Report on vaccination proceedings throughout the Government of Bengal -
Year: 1868
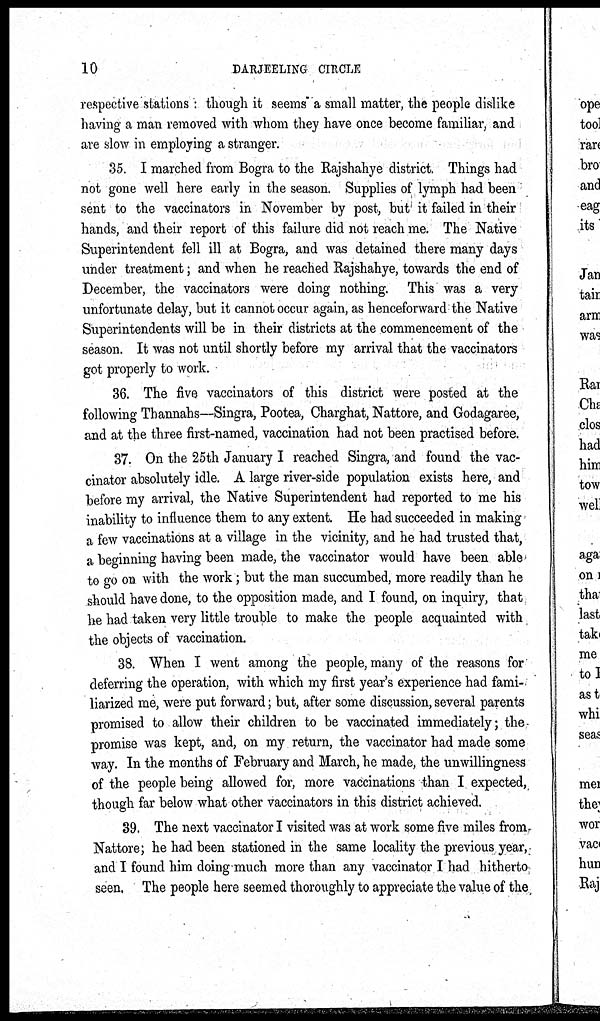
10
DARJEELING CIRCLE
respective stations : though it seems a small matter, the people dislike
having a man removed with whom they have once become familiar, and
are slow in employing a stranger.
35. I marched from Bogra to the Rajshahye district. Things had
not gone well here early in the season. Supplies of lymph had been
sent to the vaccinators in November by post, but it failed in their
hands, and their report of this failure did not reach me. The Native
Superintendent fell ill at Bogra, and was detained there many days
under treatment; and when he reached Rajshahye, towards the end of
December, the vaccinators were doing nothing. This was a very
unfortunate delay, but it cannot occur again, as henceforward the Native
Superintendents will be in their districts at the commencement of the
season. It was not until shortly before my arrival that the vaccinators
got properly to work.
36. The five vaccinators of this district were posted at the
following Thannahs—Singra, Pootea, Charghat, Nattore, and Godagaree,
and at the three first-named, vaccination had not been practised before.
37. On the 25th January I reached Singra, and found the vac-
cinator absolutely idle. A large river-side population exists here, and
before my arrival, the Native Superintendent had reported to me his
inability to influence them to any extent. He had succeeded in making
a few vaccinations at a village in the vicinity, and he had trusted that,
a beginning having been made, the vaccinator would have been able
to go on with the work; but the man succumbed, more readily than he
should have done, to the opposition made, and I found, on inquiry, that
he had taken very little trouble to make the people acquainted with,
the objects of vaccination.
38. When I went among the people, many of the reasons for
deferring the operation, with which my first year's experience had fami-
liarized me, were put forward; but, after some discussion, several parents
promised to allow their children to be vaccinated immediately; the-
promise was kept, and, on my return, the vaccinator had made some
way. In the months of February and March, he made, the unwillingness
of the people being allowed for, more vaccinations than I expected,
though far below what other vaccinators in this district achieved.
39. The next vaccinator I visited was at work some five miles from
Nattore; he had been stationed in the same locality the previous year,
and I found him doing much more than any vaccinator I had hitherto
seen. The people here seemed thoroughly to appreciate the value of the